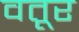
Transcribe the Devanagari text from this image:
वतूर